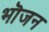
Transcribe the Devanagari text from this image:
भॊजन